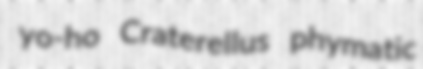
yo-ho Craterellus phymatic